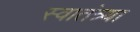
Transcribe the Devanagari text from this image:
स्वातंत्र्या